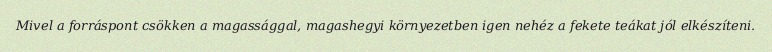
Mivel a forráspont csökken a magassággal, magashegyi környezetben igen nehéz a fekete teákat jól elkészíteni.